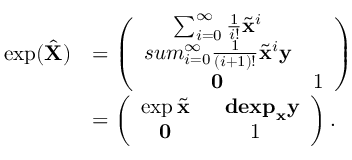
\begin{array} { r l } { \exp ( \hat { \mathbf { X } } ) } & { = \left( \begin{array} { c c } { \sum _ { i = 0 } ^ { \infty } \frac { 1 } { i ! } \tilde { \mathbf { x } } ^ { i } } & { \ } \\ { s u m _ { i = 0 } ^ { \infty } \frac { 1 } { \left( i + 1 \right) ! } \tilde { \mathbf { x } } ^ { i } \mathbf { y } } \\ { \mathbf { 0 } } & { 1 } \end{array} \right) } \\ & { = \left( \begin{array} { c c } { \exp \tilde { \mathbf { x } } } & { \ \ \mathbf { d e x p } _ { \mathbf { x } } \mathbf { y } } \\ { \mathbf { 0 } } & { 1 } \end{array} \right) . } \end{array}